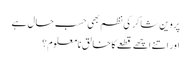
پروین شاکر کی نظم بھی حسب حال ہے
اور اتنے اچھے قطعے کا خالق نامعلوم؟